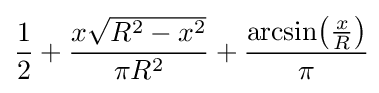
{\frac {1}{2}}+{\frac {x{\sqrt {R^{2}-x^{2}}}}{\pi R^{2}}}+{\frac {\arcsin \!\left({\frac {x}{R}}\right)}{\pi }}\!